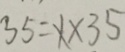
3 5 = 1 \times 3 5